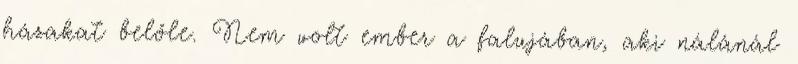
házakat belőle. Nem volt ember a falujában, aki nálánál